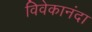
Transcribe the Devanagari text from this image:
विवेकानंदा